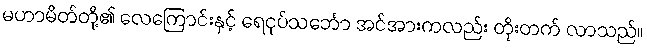
မဟာမိတ်တို့၏ လေကြောင်းနှင့် ရေငုပ်သင်္ဘော အင်အားကလည်း တိုးတက် လာသည်။